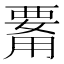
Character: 𤰊